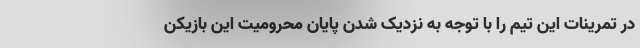
در تمرینات این تیم را با توجه به نزدیک شدن پایان محرومیت این بازیکن